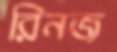
রিনজ